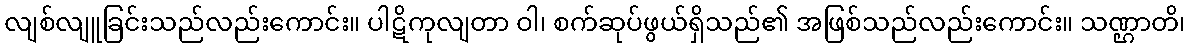
လျစ်လျူခြင်းသည်လည်းကောင်း။ ပါဋိကုလျတာ ဝါ၊ စက်ဆုပ်ဖွယ်ရှိသည်၏ အဖြစ်သည်လည်းကောင်း။ သဏ္ဌာတိ၊